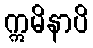
ဣမိနာပိ